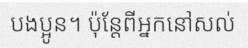
បងប្អូន។ ប៉ុន្តែពីអ្នកនៅសល់